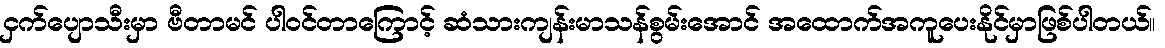
ငှက်ပျောသီးမှာ ဗီတာမင် ပါဝင်တာကြောင့် ဆံသားကျန်းမာသန်စွမ်းအောင် အထောက်အကူပေးနိုင်မှာဖြစ်ပါတယ်။